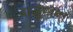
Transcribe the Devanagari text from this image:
बाळूमामा